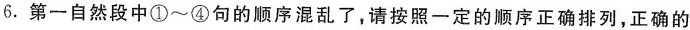
6. 第一自然段中①~④句的顺序混乱了，请按照一定的顺序正确排列，正确的